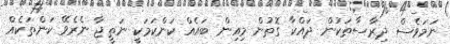
ނަމަވެސް ދިރާސާތަކުން ދައްކާ ގޮތުން މިއިން ބައެއް ކަންކަމަކީ ނަތީޖާ ނެރެވޭ ކަންތަކެއް